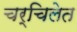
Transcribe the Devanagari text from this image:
चर्चिलेत